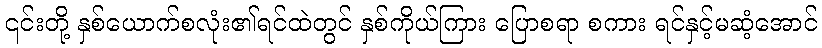
၎င်းတို့ နှစ်ယောက်စလုံး၏ရင်ထဲတွင် နှစ်ကိုယ်ကြား ပြောစရာ စကား ရင်နှင့်မဆံ့အောင်